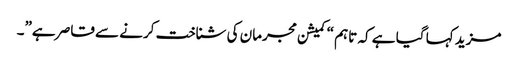
مزید کہا گیا ہے کہ تاہم “کمیشن مجرمان کی شناخت کرنے سے قاصر ہے”۔